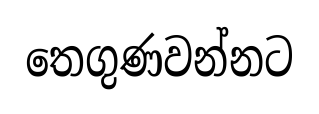
තෙගුණවන්නට